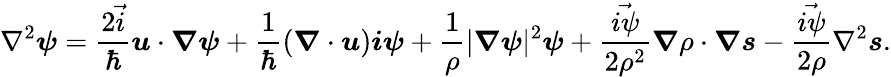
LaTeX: \nabla^{2}\boldsymbol{\psi}=\frac{2\vec{i}}{\hbar}\boldsymbol{u}\cdot\boldsymbol{\nabla}\boldsymbol{\psi}+\frac{1}{\hbar}(\boldsymbol{\nabla}\cdot\boldsymbol{u})\boldsymbol{i\psi}+\frac{1}{\rho}|\boldsymbol{\nabla}\boldsymbol{\psi}|^{2}\boldsymbol{\psi}+\frac{\vec{i\psi}}{2\rho^{2}}\boldsymbol{\nabla}\rho\cdot\boldsymbol{\nabla}\boldsymbol{s}-\frac{\vec{i\psi}}{2\rho}\nabla^{2}\boldsymbol{s}.